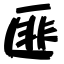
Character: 匪